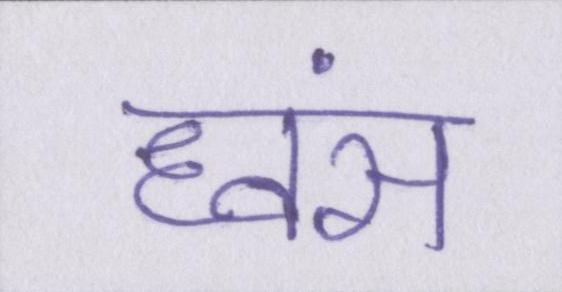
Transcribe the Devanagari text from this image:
ध्वंस